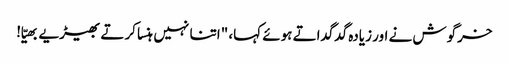
خرگوش نے اور زیادہ گدگداتے ہوئے کہا، "اتنا نہیں ہنسا کرتے بھیڑیے بھیّا!